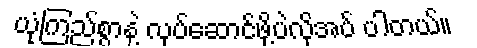
ယုံကြည်စွာနဲ့ လုပ်ဆောင်ဖို့ပဲလိုအပ် ပါတယ်။